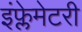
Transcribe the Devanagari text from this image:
इंफ्लेमेटरी